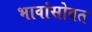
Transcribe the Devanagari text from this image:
भावांसोबत